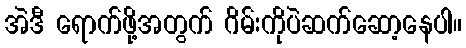
အဲဒီ ရောက်ဖို့အတွက် ဂိမ်းကိုပဲဆက်ဆော့နေပါ။